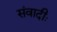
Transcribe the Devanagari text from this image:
संवादीः